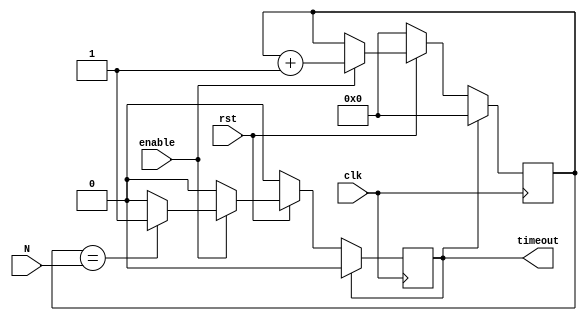
module countToN(clk, rst, enable, timeout, N);

	input clk, rst, enable;
	input [9:0] N;
	output timeout;
	reg timeout;

	reg [9:0] count;

	always @(posedge clk)
		begin
			if(timeout == 1)
				begin
					count <= 0;
					timeout <= 0;
				end
			else if(rst == 0)
				begin
					count <= 0;
					timeout <= 0;
				end
			else if(enable == 1)
				begin
					count <= count + 1;
					if(count == N)
						timeout <= 1;
				end
		end 
endmodule